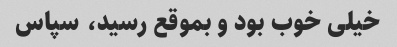
خیلی خوب بود و بموقع رسید، سپاس